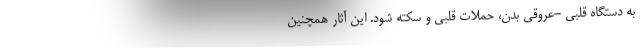
به دستگاه قلبی -عروقی بدن، حملات قلبی و سکته شود. این آثار همچنین